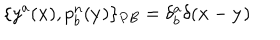
\{ y ^ { a } ( { \bf x } ) , p _ { b } ^ { n } ( { \bf y } ) \} _ { P B } = \delta _ { b } ^ { a } \delta ( { \bf x } - { \bf y } )